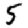
Digit: 5